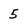
Character: 5